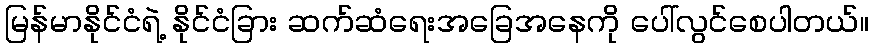
မြန်မာနိုင်ငံရဲ့ နိုင်ငံခြား ဆက်ဆံရေးအခြေအနေကို ပေါ်လွင်စေပါတယ်။